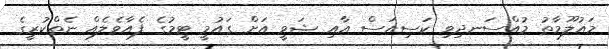
މައުލޫމާތު މުއްސަނދިވި ކަސިއަސް އާއި ޝަވީ އަށް ގައުމީ ޓީމުގެ ފެއާވެލެއް ނެތްކުރީގެ